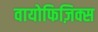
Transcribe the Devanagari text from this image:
वायोफिज़िक्स